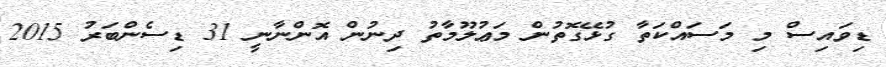
ޑިވައިސް މި މަސައްކަތާ ގުޅޭގޮތުން މަޢުލޫމާތު ދިނުން އޮންނާނީ 31 ޑިސެންބަރު 2015